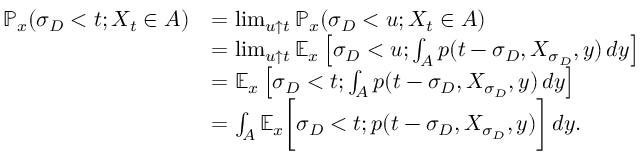
\begin{array} { r l } { \ensuremath { \mathbb { P } } _ { x } ( \sigma _ { D } < t ; X _ { t } \in A ) } & { = \operatorname* { l i m } _ { u \uparrow t } \ensuremath { \mathbb { P } } _ { x } ( \sigma _ { D } < u ; X _ { t } \in A ) } \\ & { = \operatorname* { l i m } _ { u \uparrow t } \ensuremath { \mathbb { E } } _ { x } \left[ \sigma _ { D } < u ; \int _ { A } p ( t - \sigma _ { D } , X _ { \sigma _ { D } } , y ) \, d y \right] } \\ & { = \ensuremath { \mathbb { E } } _ { x } \left[ \sigma _ { D } < t ; \int _ { A } p ( t - \sigma _ { D } , X _ { \sigma _ { D } } , y ) \, d y \right] } \\ & { = \int _ { A } \ensuremath { \mathbb { E } } _ { x } \bigg [ \sigma _ { D } < t ; p ( t - \sigma _ { D } , X _ { \sigma _ { D } } , y ) \bigg ] \, d y . } \end{array}